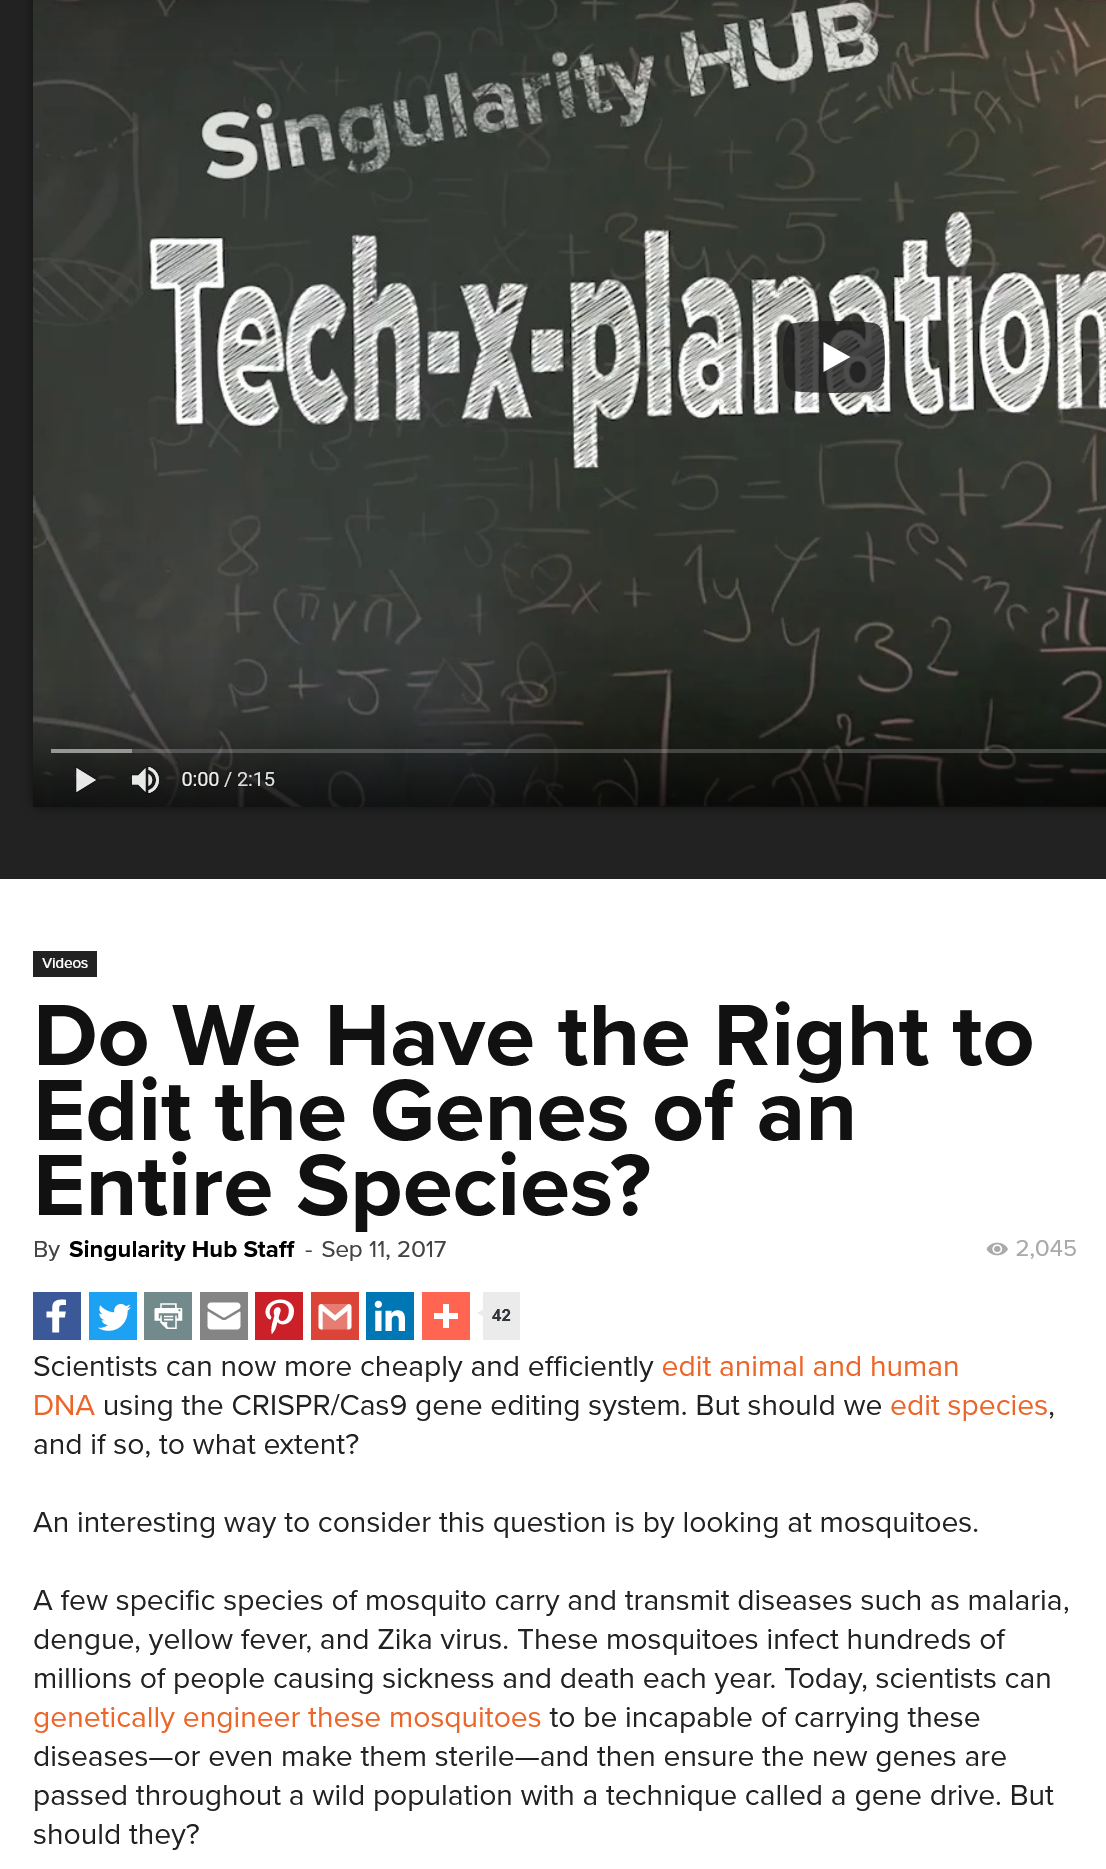
WY
     HUB.)
     singe
     aoc    aL
     ~)  nN Wasi}
     42
   A few specific species of mosquito carry and transmit diseases such as malaria,
   dengue, yellow fever, and Zika virus. These mosquitoes infect hundreds of
   millions of people causing sickness and death each year. Today, scientists can
   genetically engineer these mosquitoes to be incapable of carrying these
   diseases—or even make them sterile—and then ensure the new genes are
   passed throughout a wild population with a technique called a gene drive. But
   should they?
   Do    We    Have    the    Right    to
   Edit    the    Genes    of    an
   Entire    Species?
   By Singularity Hub Staff
     -
     Sep 11, 2017
   Scientists can now more cheaply and efficiently edit animal and human
   DNA using the CRISPR/Cas9 gene editing system. But should we edit species,
   and if so, to what extent?
   An interesting way to consider this question is by looking at mosquitoes.